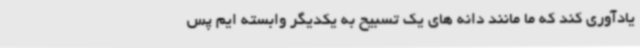
یادآوری کند که ما مانند دانه های یک تسبیح به یکدیگر وابسته ایم پس